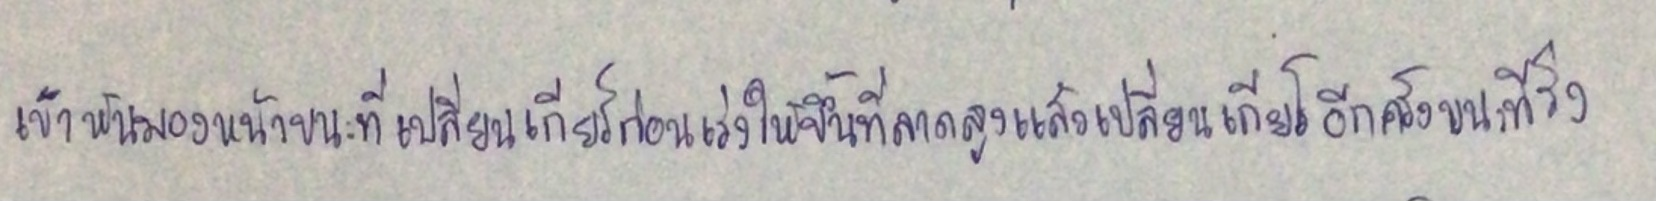
เขาหันมองหน้าขณะที่เปลี่ยนเกียร์ก่อนเร่งให้ขึ้นที่ลาดสูงแล้วเปลี่ยนเกียร์อีกครั้งขณะที่วิ่ง